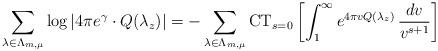
LaTeX: \begin{align*} \sum_{ \lambda\in \Lambda_{m,\mu} } \log| 4\pi e^\gamma \cdot Q(\lambda_z) | =- \sum_{ \lambda\in \Lambda_{m,\mu} }\mathrm{CT}_{s=0}\left[\int_1^\infty e^{4\pi v Q(\lambda_z) } \, \frac{dv}{v^{s+1}}\right]\end{align*}